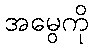
အမွေကို